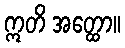
ဣတိ အတ္ထော။